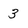
Character: 3